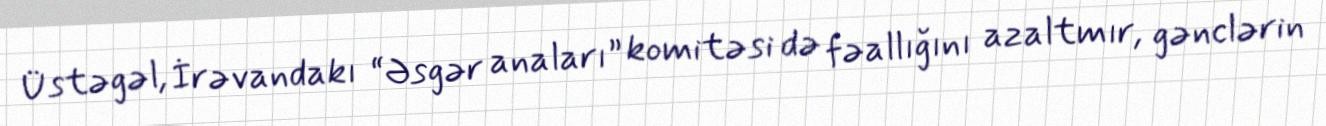
Üstəgəl, İrəvandakı “Əsgər anaları” komitəsi də fəallığını azaltmır, gənclərin